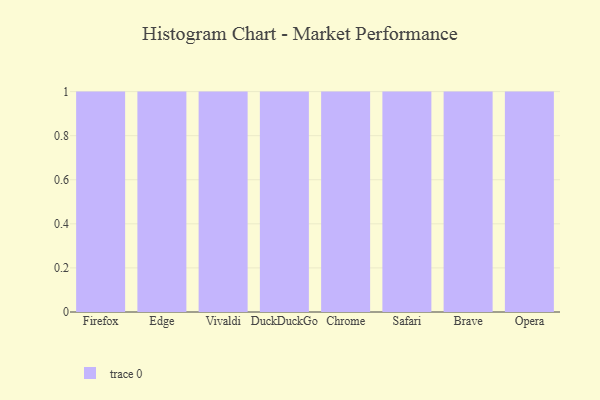
{"axis": {"x": "Browser", "y": "Latency (ms)"}, "legend": [""], "data": [{"x": "Firefox", "y": 51, "type": ""}, {"x": "Edge", "y": 29, "type": ""}, {"x": "Vivaldi", "y": 22, "type": ""}, {"x": "DuckDuckGo", "y": 33, "type": ""}, {"x": "Chrome", "y": 3, "type": ""}, {"x": "Safari", "y": 60, "type": ""}, {"x": "Brave", "y": 20, "type": ""}, {"x": "Opera", "y": 48, "type": ""}]}